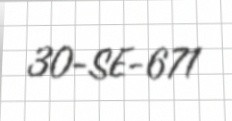
30-SE-671